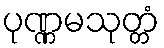
ပုဏ္ဏမသုတ္တံ